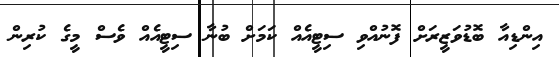
އިންޑިއާ ބޮޑުވަޒީރަށް ފޮނުއްވި ސިޓީއެއް ކަމަށް ބުނާ ސިޓީއެއް ވެސް މީގެ ކުރިން